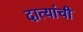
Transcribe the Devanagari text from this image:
दात्यांची